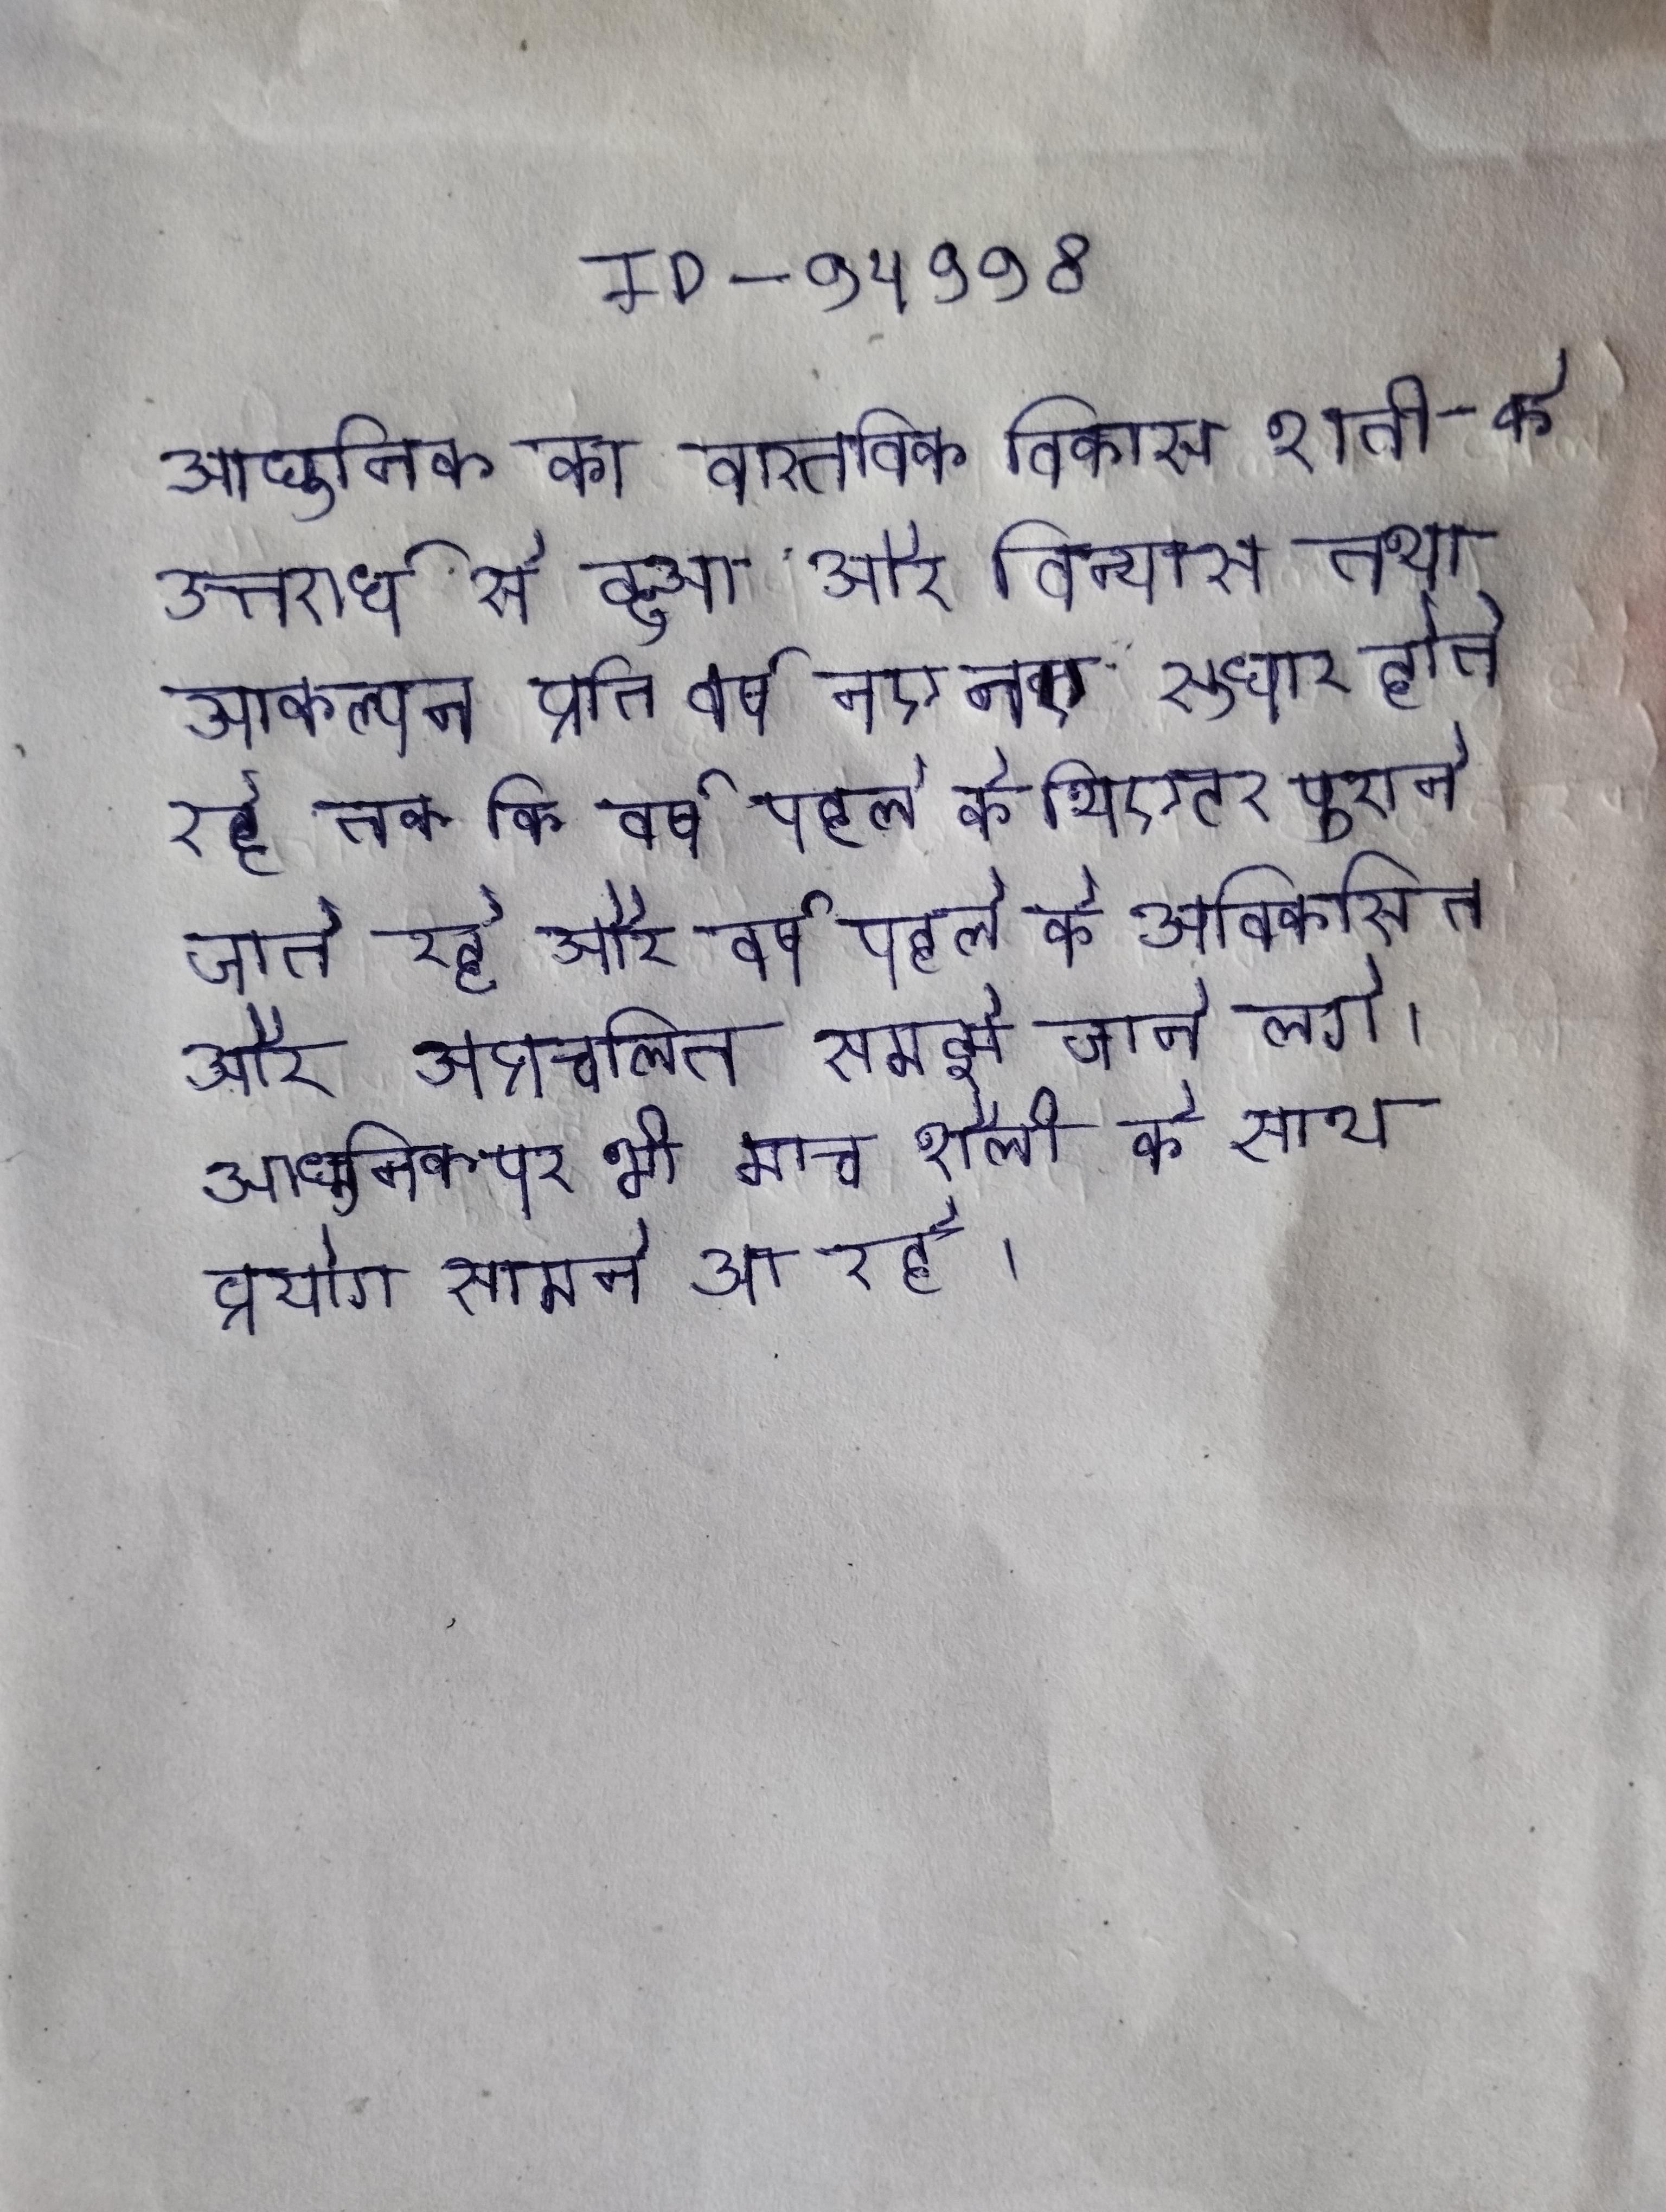
आधुनिक का वास्तविक विकास शती के उत्तरार्ध से हुआ और विन्यास तथा आकल्पन प्रति वर्ष नए नए सुधार होते रहे तक कि वर्ष पहले के थिएटर पुराने जाते रहे और वर्ष पहले के अविकसित और अप्रचलित समझे जाने लगे । आधुनिक पर भी माच शैली के साथ प्रयोग सामने आ रहे ।